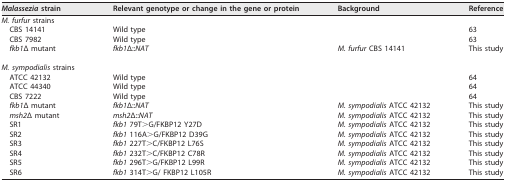
<table><thead><tr><td><b><i>Malassezia</i> strain</b></td><td><b>Relevant genotype or change in the gene or protein</b></td><td><b>Background</b></td><td><b>Reference</b></td></tr></thead><tbody><tr><td><i>M. furfur</i> strains</td><td></td><td></td><td></td></tr><tr><td>CBS 14141</td><td>Wild type</td><td></td><td>63</td></tr><tr><td>CBS 7982</td><td>Wild type</td><td></td><td>63</td></tr><tr><td><i>fkb1</i>Δ mutant</td><td><i>fkb1</i>Δ::<i>NAT</i></td><td><i>M. furfur</i> CBS 14141</td><td>This study</td></tr><tr><td><i>M. sympodialis</i> strains</td><td></td><td></td><td></td></tr><tr><td>ATCC 42132</td><td>Wild type</td><td></td><td>64</td></tr><tr><td>ATCC 44340</td><td>Wild type</td><td></td><td>64</td></tr><tr><td>CBS 7222</td><td>Wild type</td><td></td><td>64</td></tr><tr><td><i>fkb1</i>Δ mutant</td><td><i>fkb1</i>Δ::<i>NAT</i></td><td><i>M. sympodialis</i> ATCC 42132</td><td>This study</td></tr><tr><td><i>msh2</i>Δ mutant</td><td><i>msh2</i>Δ::<i>NAT</i></td><td><i>M. sympodialis</i> ATCC 42132</td><td>This study</td></tr><tr><td>SR1</td><td><i>fkb1</i> 79T&gt;G/FKBP12 Y27D</td><td><i>M. sympodialis</i> ATCC 42132</td><td>This study</td></tr><tr><td>SR2</td><td><i>fkb1</i> 116A&gt;G/FKBP12 D39G</td><td><i>M. sympodialis</i> ATCC 42132</td><td>This study</td></tr><tr><td>SR3</td><td><i>fkb1</i> 227T&gt;C/FKBP12 L76S</td><td><i>M. sympodialis</i> ATCC 42132</td><td>This study</td></tr><tr><td>SR4</td><td><i>fkb1</i> 232T&gt;C/FKBP12 C78R</td><td><i>M. sympodialis</i> ATCC 42132</td><td>This study</td></tr><tr><td>SR5</td><td><i>fkb1</i> 296T&gt;G/FKBP12 L99R</td><td><i>M. sympodialis</i> ATCC 42132</td><td>This study</td></tr><tr><td>SR6</td><td><i>fkb1</i> 314T&gt;G/ FKBP12 L105R</td><td><i>M. sympodialis</i> ATCC 42132</td><td>This study</td></tr></tbody></table>